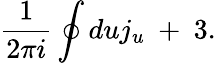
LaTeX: \frac{1}{2\pi i}\oint duj_{u}\ +\ 3.